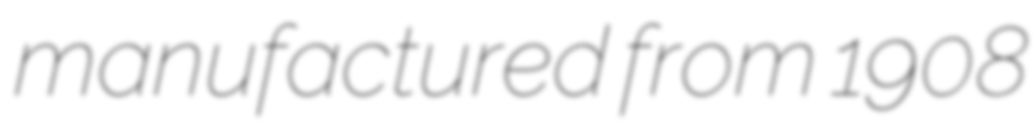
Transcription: manufactured from 1908